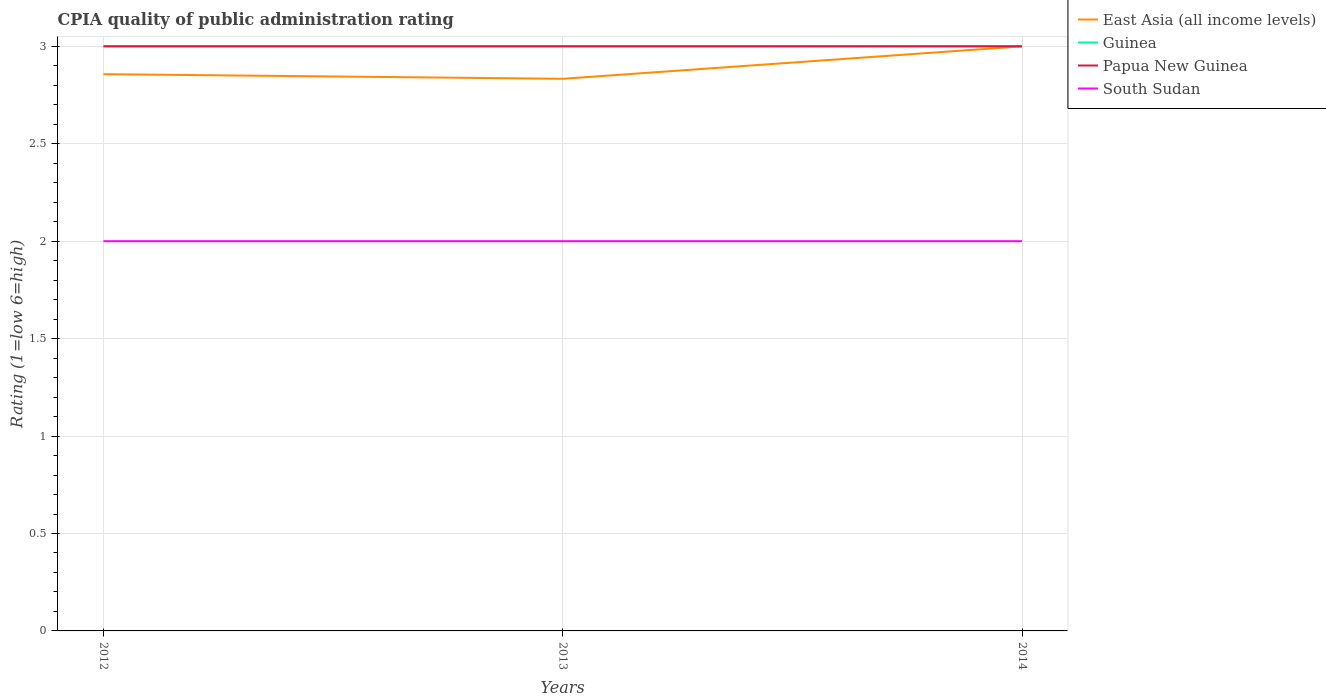
| Years | East Asia (all income levels) | Guinea | Papua New Guinea | South Sudan |
 | --- | --- | --- | --- | --- |
 | 2012 | 2.86 | 3 | 3 | 2 |
 | 2013 | 2.83 | 3 | 3 | 2 |
 | 2014 | 3 | 3 | 3 | 2 |